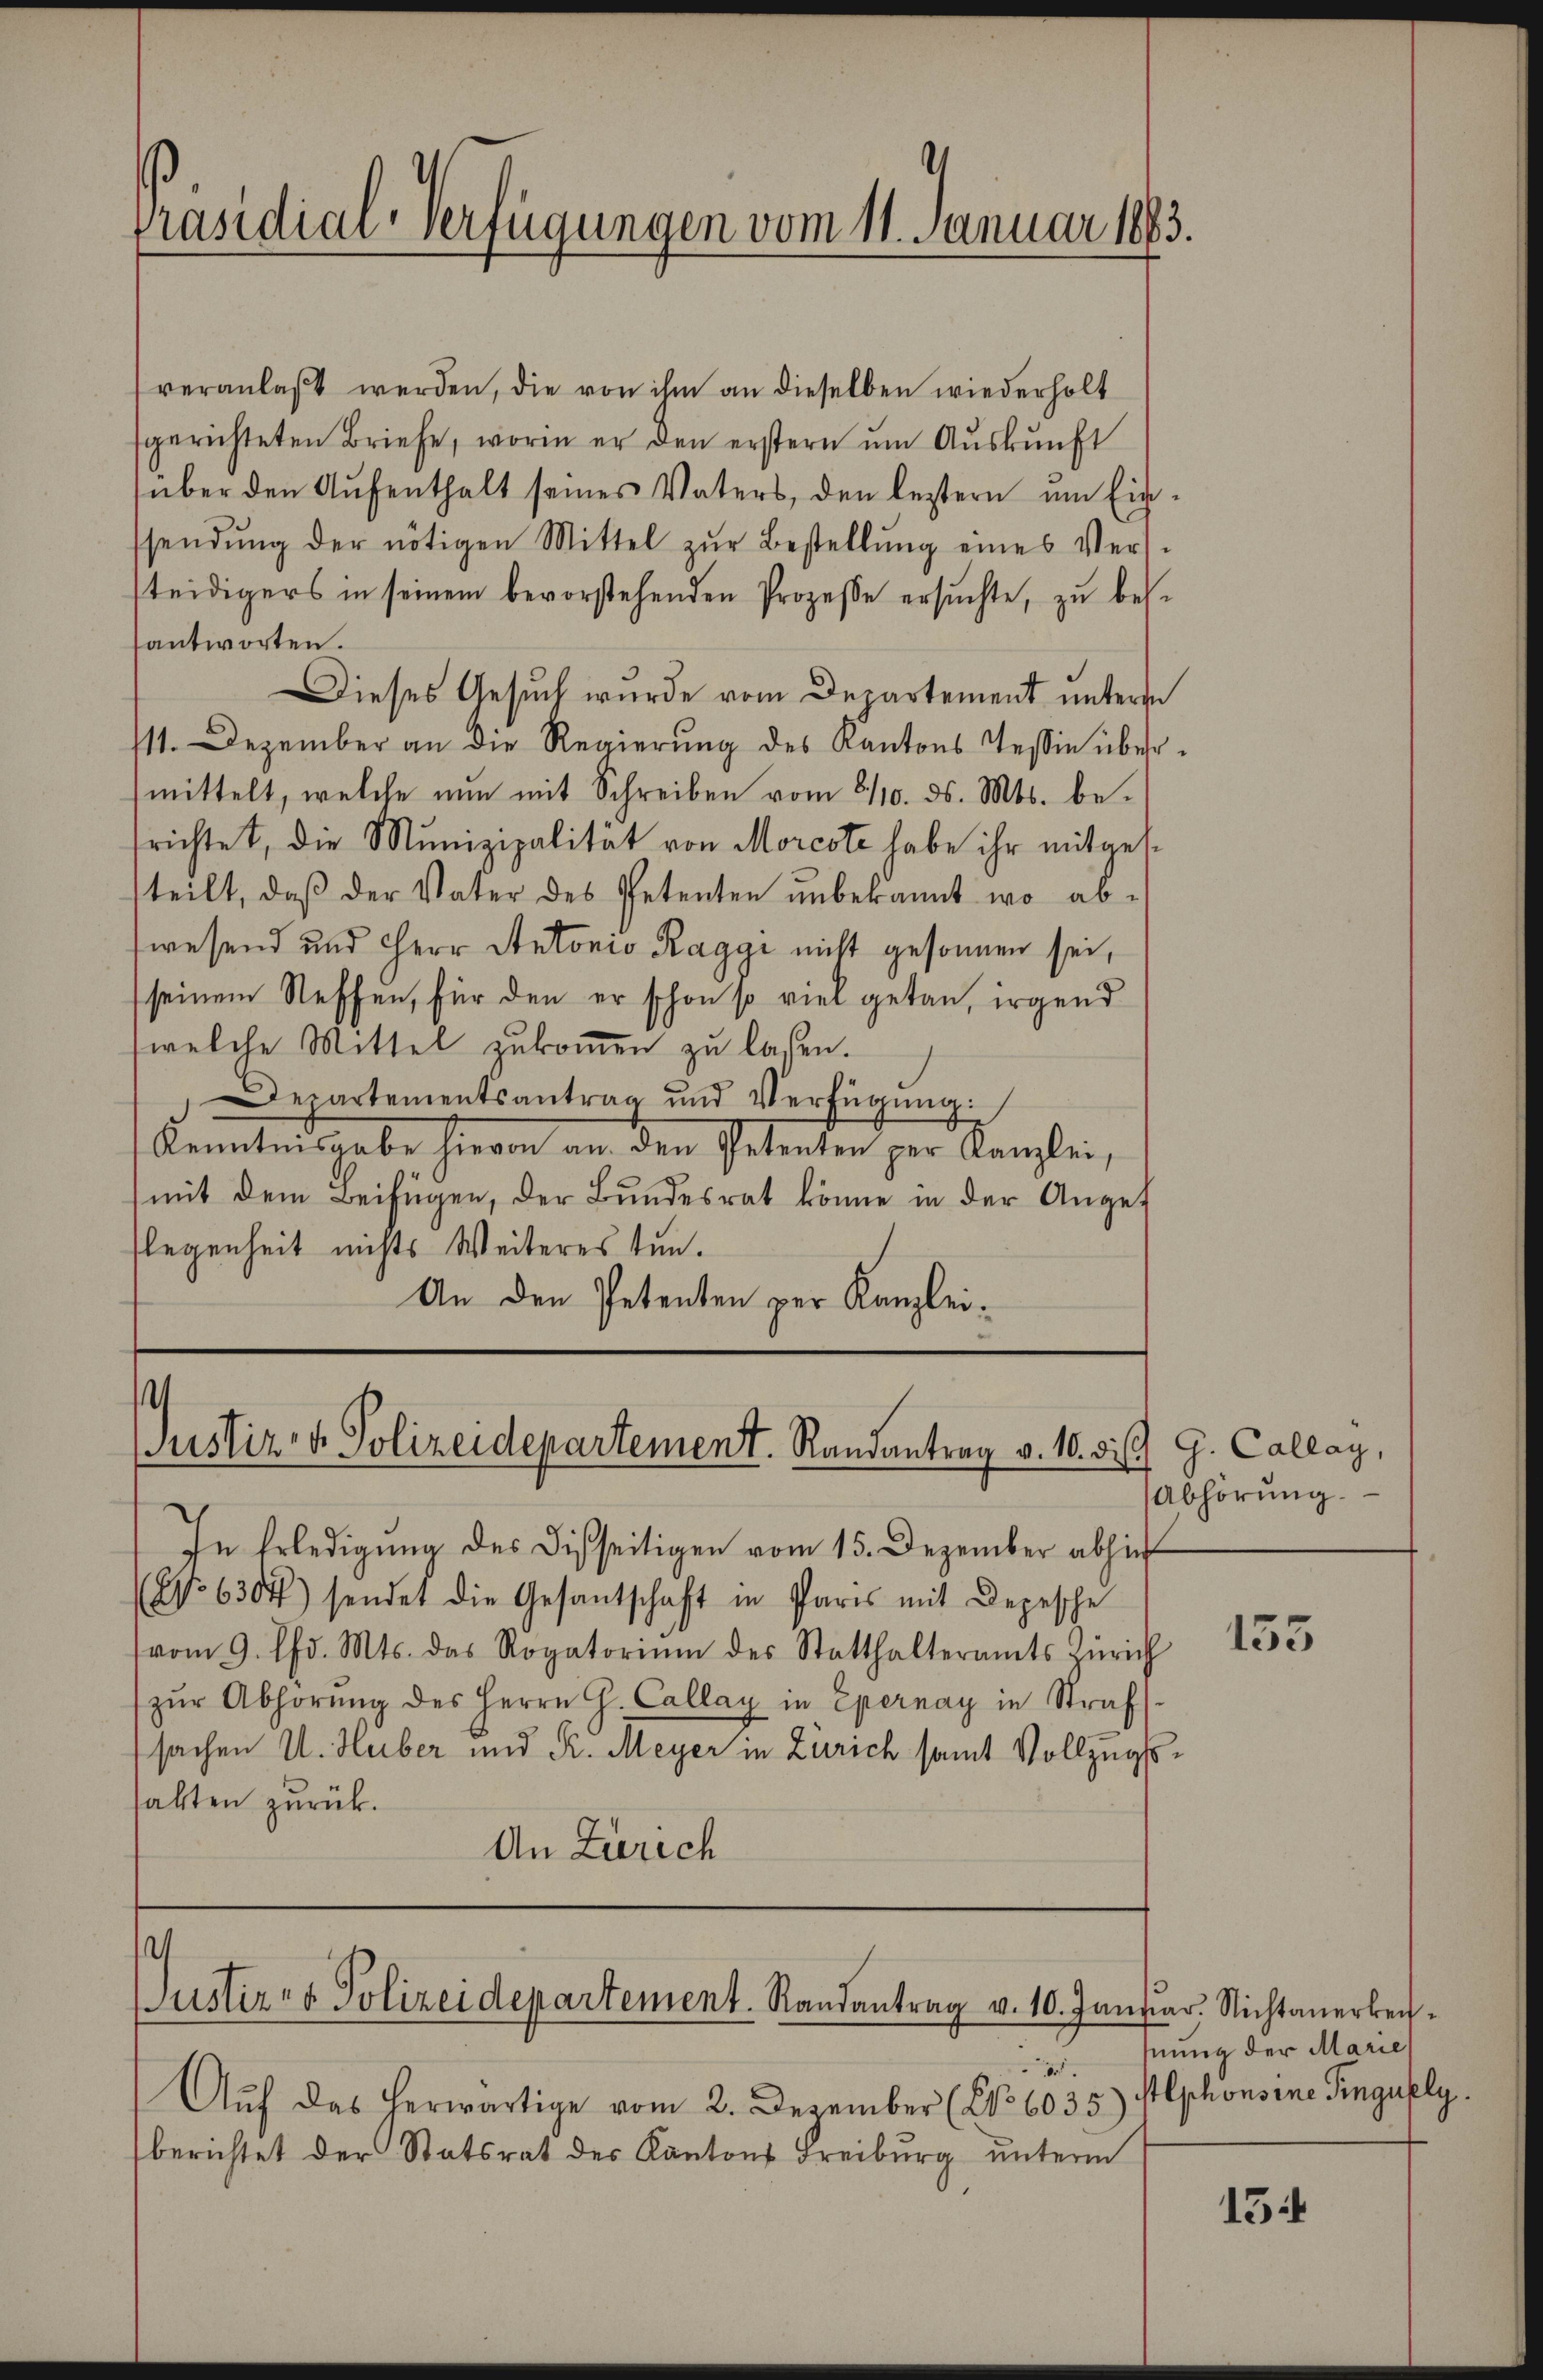
Präsidial-Verfügungen vom 11. Januar 1893.

veranlaßt werden, die von ihm an dieselben wiederholt
sgerichteten Briefe, worin er den erstern um Auskunft
über den Aufenthalt seines Vaters, den leztern um Einssendŭng der nötigen Mittel zŭr Bestellŭng eines Ver-
steidigers in seinem bevorstehenden Prozesse ersuchte, zu besantworten.
Dieses Gesuch wurde vom Departement unter
111. Dezember an die Regierŭng des Kantons Tessin übermittelt, welche nun mit Schreiben vom 8/10. ds. Mts. betrichtet, die Munizipalität von Morcote habe ihr mitgesteilt, daß der Vater des Petenten unbekannt wo abwesend und Herr Antonio Raggi nicht gesonnen sei,
seinem Steffen, für den er schon so viel getan, irgend
welche Mittel zukommen zu lassen.
Departementsantrag und Verfügŭng:
Kenntnisgabe hievon an den Petenten per Kanzlei,
mit dem Beifügen, der Bŭndesrat könne in der Angef
flegenheit nichts Weiteres tun.
An den Petenten per Kanzlei¬

Justiz- & Polizeidepartement. Randantrag v. 10. bis G. Callag,

In Erledigung des Disseitigen vom 15. Dezember abhin
(No 6304) sendet die Gesantschaft in Paris mit Depesche
vom 9. d. Mts. das Rogatoriŭm des Statthalteramts Zürich
zŭr Abhörŭng des Herrn G. Callay in Epernay in Strafs
sachen U. Huber und R. Meyer in Zürich samt Vollzugshalten zurück.
An Zürich

.
Aŭf das herwärtige vom 2. Dezember (No 6035)
berichtet der Statsrat des Kantons Freiburg unterm

s
Justiz- & Polizeidepartement. Randantrag v. 10. Januar. Nichtanerbei¬

Abhörung.

155

hnung der Marie
stlphonsine Singully

15